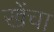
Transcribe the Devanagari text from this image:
खेंचा